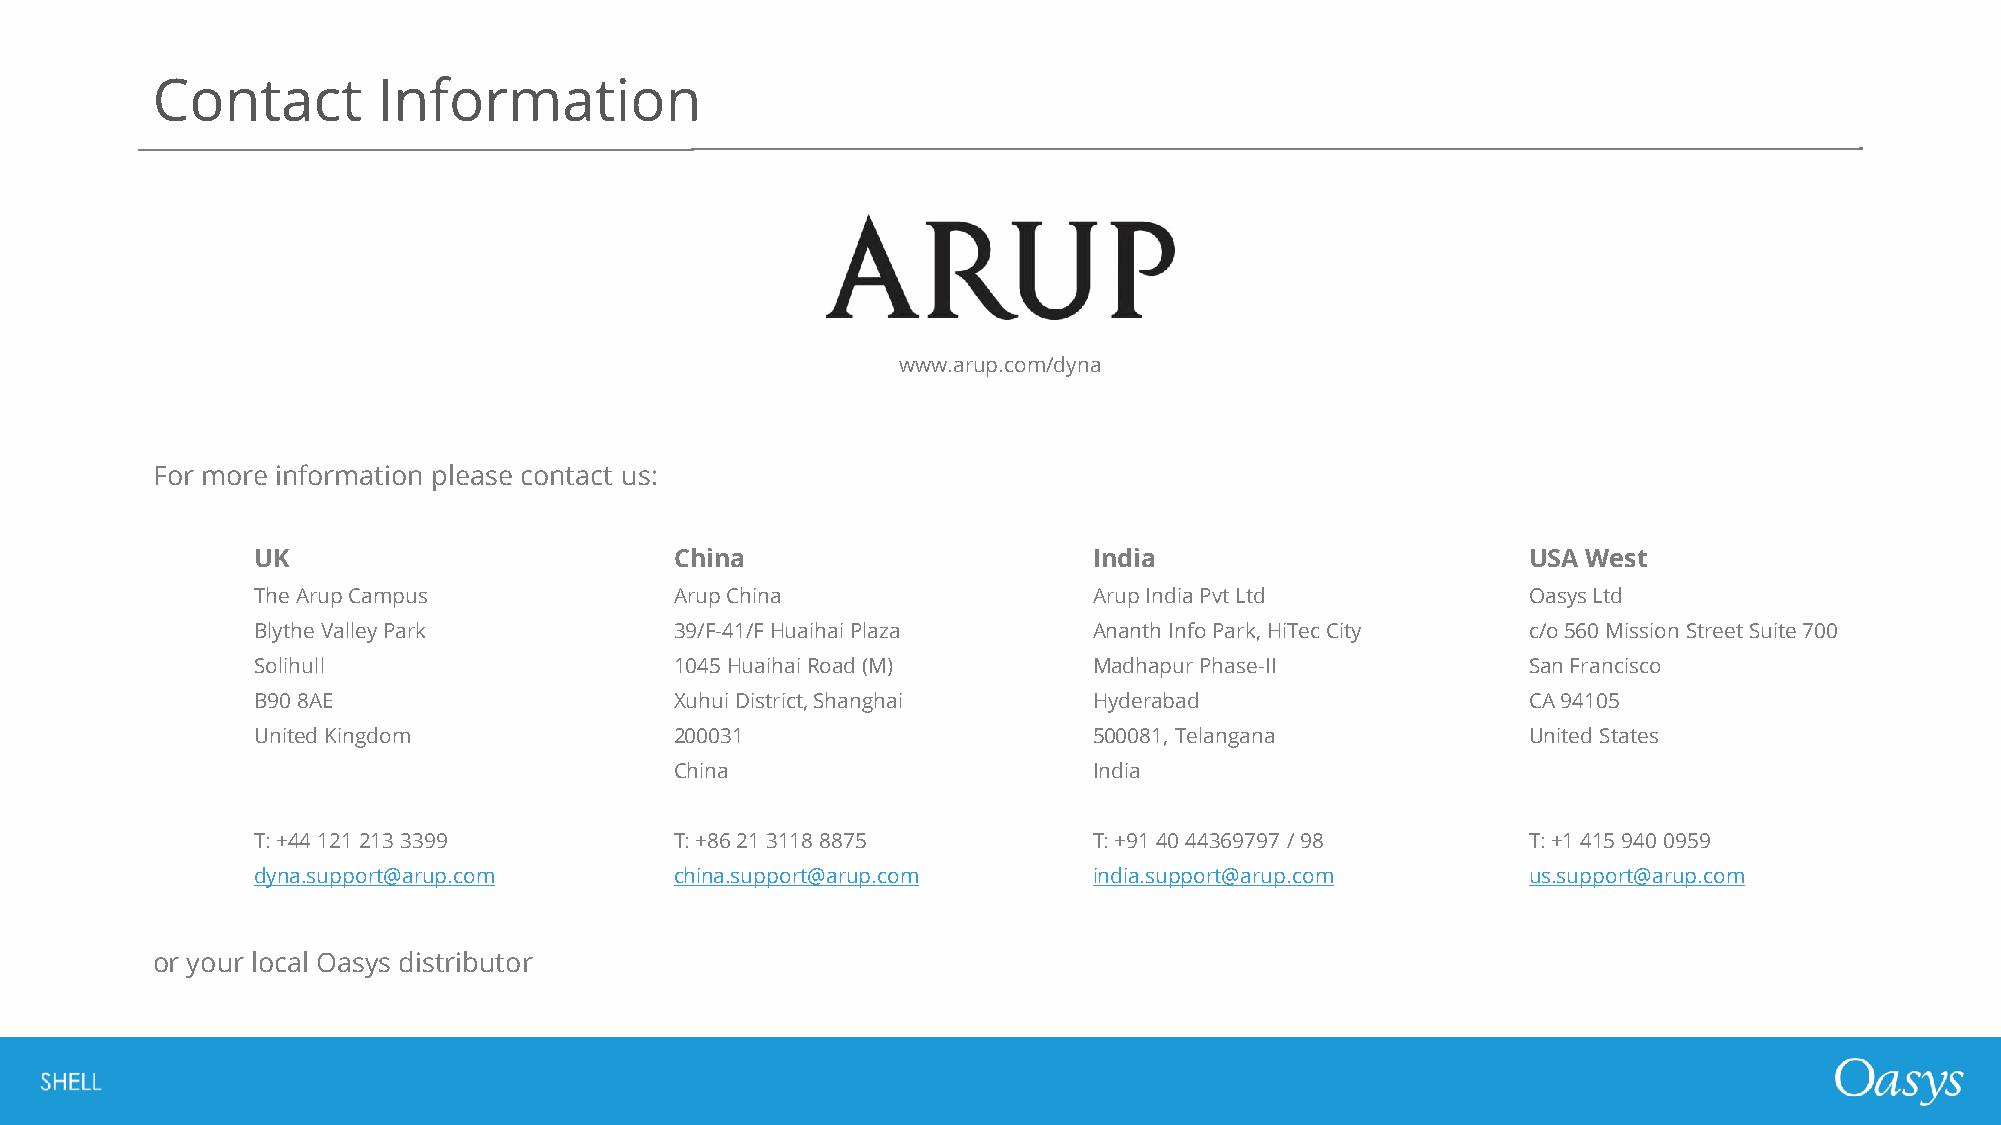
Contact        Information
 www.arup.com/dyna
 For more information please contact us:
 UK                          China                      India                        USA West
 The Arup Campus             Arup China                 Arup India Pvt Ltd           OasysLtd
 Blythe Valley Park          39/F-41/F HuaihaiPlaza     Ananth Info Park, HiTecCity  c/o 560 Mission Street Suite 700
 Solihull                    1045 HuaihaiRoad (M)       Madhapur Phase-II            San Francisco
 B90 8AE                     XuhuiDistrict, Shanghai    Hyderabad                    CA 94105
 United Kingdom              200031                     500081, Telangana            United States
 China                      India
 T: +44 121 213 3399         T: +86 21 3118 8875        T: +91 40 44369797 / 98      T: +1 415 940 0959
 dyna.support@arup.com       china.support@arup.com     india.support@arup.com       us.support@arup.com
 or your local Oasys distributor